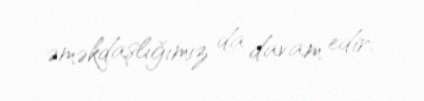
əməkdaşlığımız da davam edir.